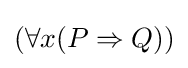
(\forall x(P\Rightarrow Q))